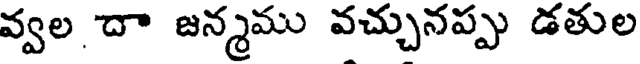
వ్వల దా జన్మము వచ్చునప్పు డతుల